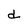
Character: d